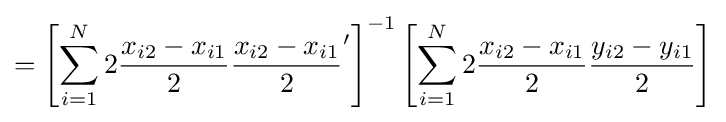
=\left[\sum _{i=1}^{N}2{\dfrac {x_{i2}-x_{i1}}{2}}{\dfrac {x_{i2}-x_{i1}}{2}}'\right]^{-1}\left[\sum _{i=1}^{N}2{\dfrac {x_{i2}-x_{i1}}{2}}{\dfrac {y_{i2}-y_{i1}}{2}}\right]